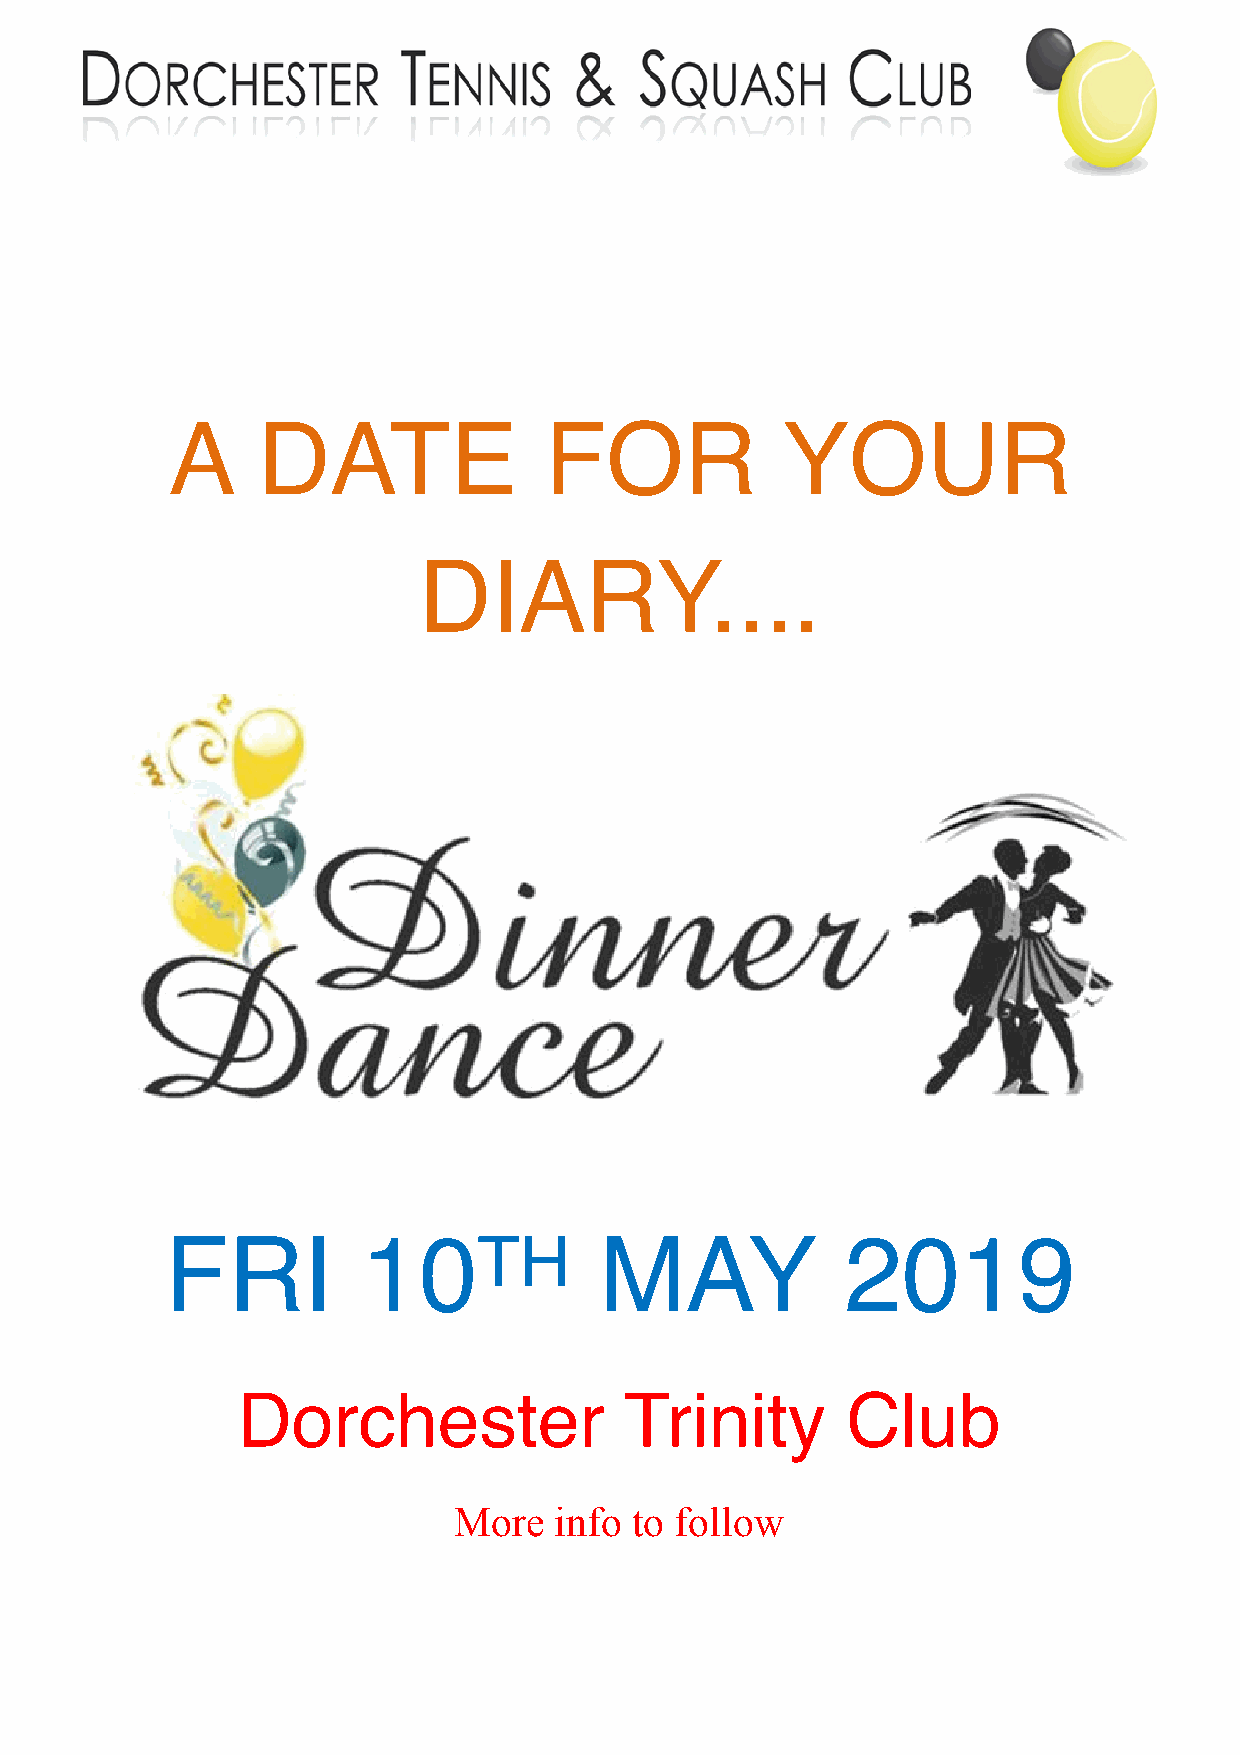

 A     DATE               FOR             YOUR
 DIARY....

 FRI          10TH            MAY             2019
 Dorchester               Trinity        Club
 More   info to follow